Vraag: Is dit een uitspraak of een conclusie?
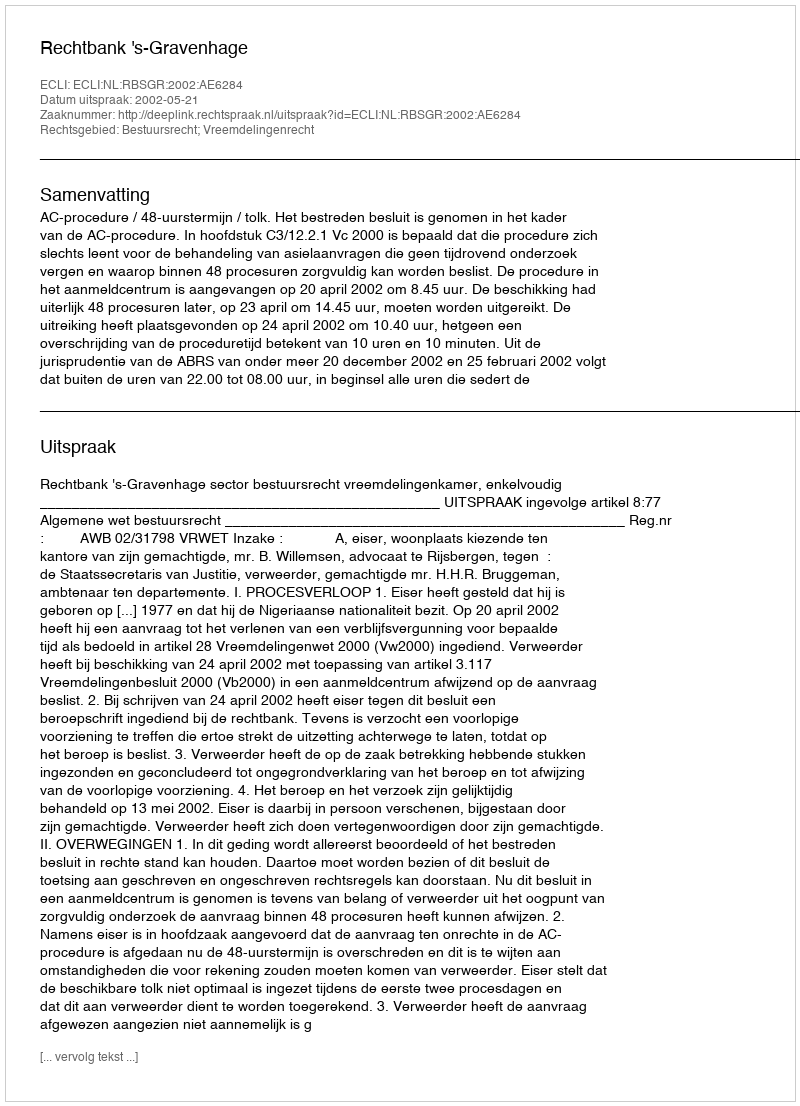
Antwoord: Uitspraak